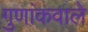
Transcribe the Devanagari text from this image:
गुणांकवाले